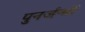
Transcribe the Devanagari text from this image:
पुनर्जन्मों